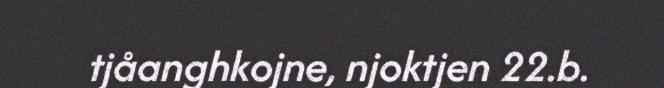
tjåanghkojne, njoktjen 22.b.